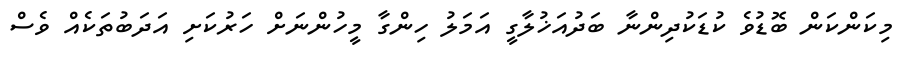
މިކަންކަން ބޮޑުވެ ކުޑަކުދިންނާ ބަދުއަޚުލާގީ އަމަލު ހިންގާ މީހުންނަށް ހަރުކަށި އަދަބުތަކެއް ވެސް